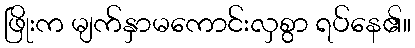
ဖြိုးက မျက်နှာမကောင်းလှစွာ ရပ်နေ၏။